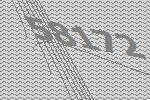
58172